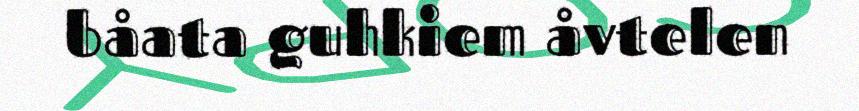
båata guhkiem åvtelen